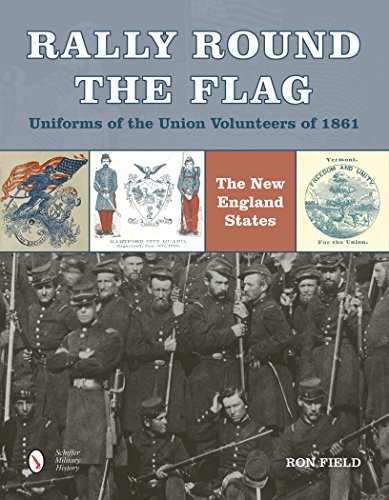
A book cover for Rally Round the FlagUniforms of the Union Volunteers of 1861: The New England States; Ron Field; Crafts, Hobbies & Home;